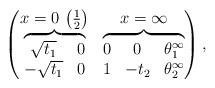
LaTeX: \begin{gather*}\left(\begin{matrix}x=0\,\left( \frac12 \right) & x=\infty\\\overbrace{ \begin{matrix}\sqrt{t_1} & 0 \\-\sqrt{t_1} & 0\end{matrix}}&\overbrace{\begin{matrix}0 & 0 & \theta^\infty_1 \\1 & -t_2 & \theta^\infty_2\end{matrix}}\end{matrix}\right) ,\end{gather*}